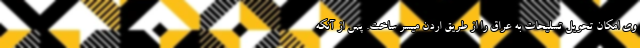
وی امکان تحویل تسلیحات به عراق را از طریق اردن میسر ساخت. پس از آنکه